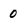
Character: 0